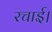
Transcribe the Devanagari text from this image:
रचाई।